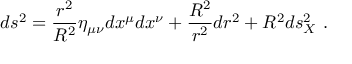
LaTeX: d s ^ { 2 } = \frac { r ^ { 2 } } { R ^ { 2 } } \eta _ { \mu \nu } d x ^ { \mu } d x ^ { \nu } + \frac { R ^ { 2 } } { r ^ { 2 } } d r ^ { 2 } + R ^ { 2 } d s _ { X } ^ { 2 } \ .